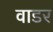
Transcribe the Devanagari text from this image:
वाडर